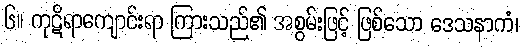
၆။ ကုဋိရာကျောင်းရာ ကြားသည်၏ အစွမ်းဖြင့် ဖြစ်သော ဒေသနာကံ၊